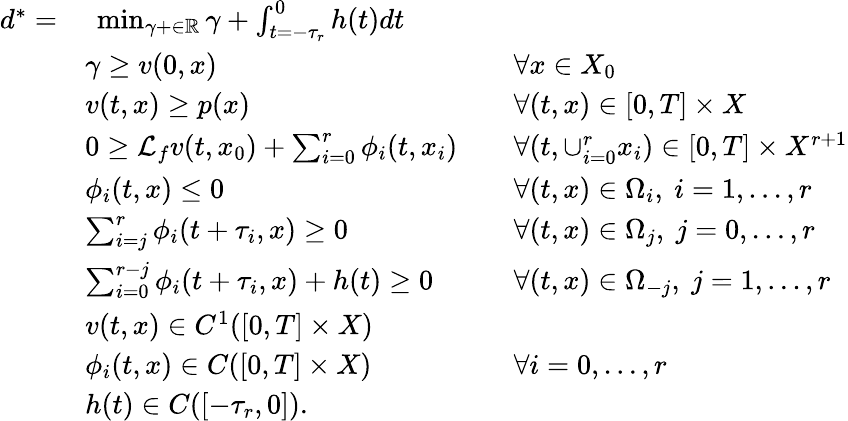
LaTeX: \begin{array}{rlrl}{d^{*}=}&{\ \operatorname*{min}_{\gamma+\in\mathbb{R}}\gamma+\textstyle\int_{t=-\tau_{r}}^{0}h(t)dt}&&{}\\ &{\gamma\geq v(0,x)}&&{\forall x\in X_{0}}\\ &{v(t,x)\geq p(x)}&&{\forall(t,x)\in[0,T]\times X}\\ &{0\geq\mathcal{L}_{f}v(t,x_{0})+\textstyle\sum_{i=0}^{r}\phi_{i}(t,x_{i})}&&{\forall(t,\cup_{i=0}^{r}x_{i})\in[0,T]\times X^{r+1}}\\ &{\phi_{i}(t,x)\leq 0}&&{\forall(t,x)\in\Omega_{i},\ i=1,\ldots,r}\\ &{\textstyle\sum_{i=j}^{r}\phi_{i}(t+\tau_{i},x)\geq 0}&&{\forall(t,x)\in\Omega_{j},\ j=0,\ldots,r}\\ &{\textstyle\sum_{i=0}^{r-j}\phi_{i}(t+\tau_{i},x)+h(t)\geq 0}&&{\forall(t,x)\in\Omega_{-j},\ j=1,\ldots,r}\\ &{v(t,x)\in C^{1}([0,T]\times X)}&&{}\\ &{\phi_{i}(t,x)\in C([0,T]\times X)}&&{\forall i=0,\ldots,r}\\ &{h(t)\in C([-\tau_{r},0]).}\end{array}